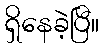
ရှိနေခဲ့ပြီ။